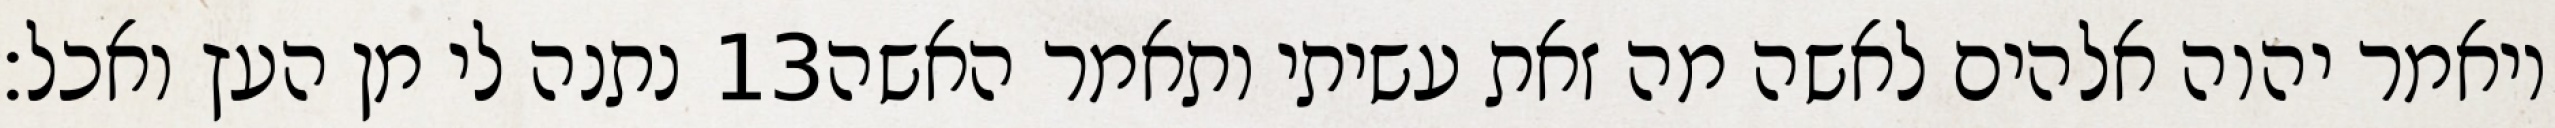
נתנה לי מן העץ ואכל׃ ‎13‏ ויאמר יהוה אלהים לאשה מה זאת עשיתי ותאמר האשה